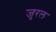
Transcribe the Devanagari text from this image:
जुरल